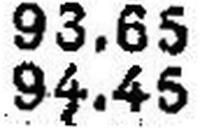
94.45